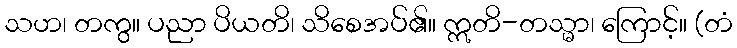
သဟ၊ တကွ။ ပညာ ပိယတိ၊ သိစေအပ်၏။ ဣတိ-တသ္မာ၊ ကြောင့်။ (တံ